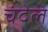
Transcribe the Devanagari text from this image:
चंदेल्